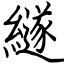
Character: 繸